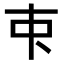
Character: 𬺿